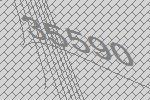
35590